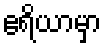
ဧရိယာမှာ